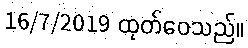
16/7/2019 ထုတ်ဝေသည်။